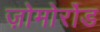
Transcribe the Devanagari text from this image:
ज़ोमोर्रोड